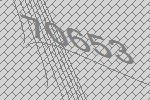
70653